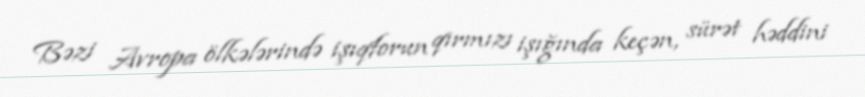
Bəzi Avropa ölkələrində işıqforun qırmızı işığında keçən, sürət həddini